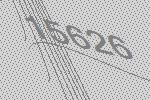
15626